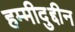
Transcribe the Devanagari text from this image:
हम्मीदुद्दीन